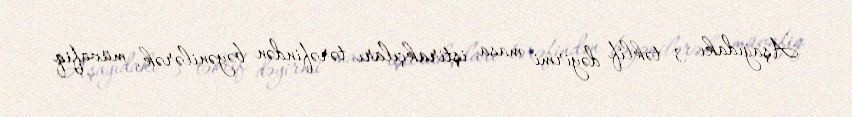
Aşağıdakı 3 təklif dəyirmi masa iştirakçıları tərəfindən bəyənilərək, müvafiq